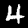
Label: 4